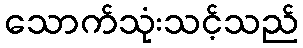
သောက်သုံးသင့်သည်